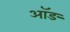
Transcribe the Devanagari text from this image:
ऑङ